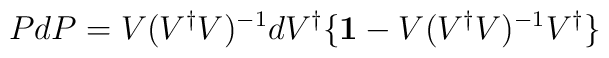
PdP=V(V^{\dagger}V)^{-1}dV^{\dagger}      \{{\bf 1}-V(V^{\dagger}V)^{-1}V^{\dagger}\}